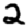
Digit: 2